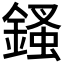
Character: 𨪊